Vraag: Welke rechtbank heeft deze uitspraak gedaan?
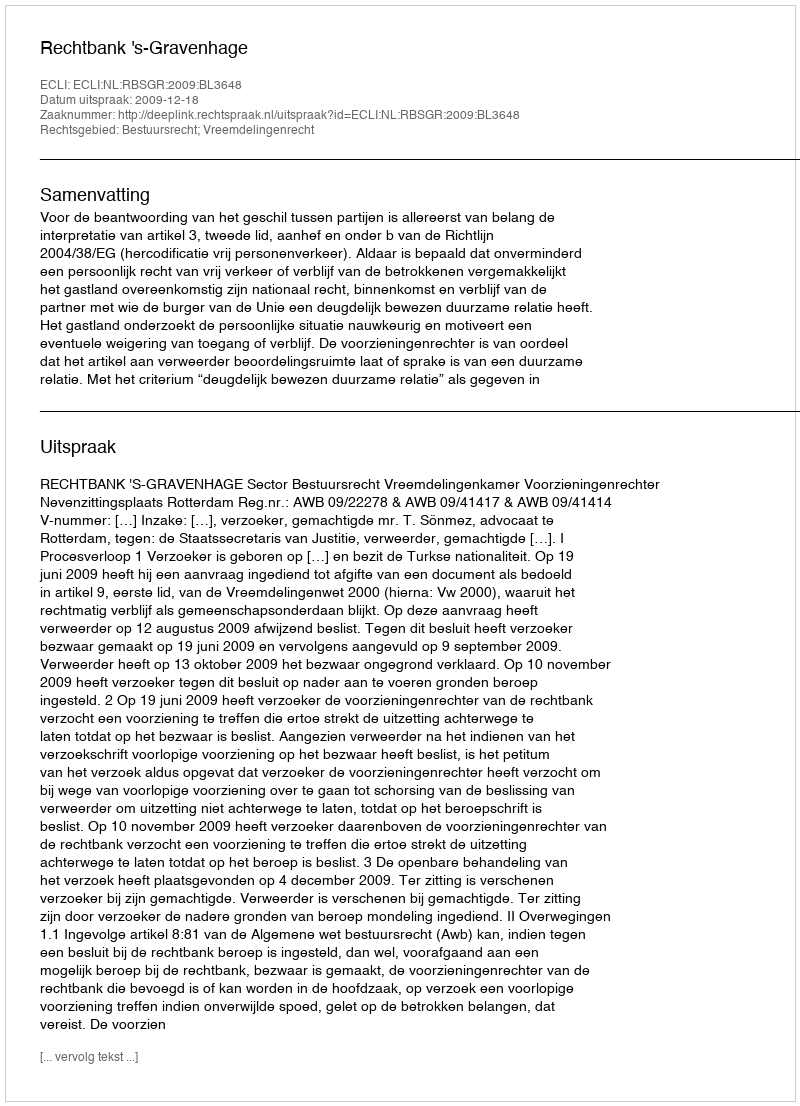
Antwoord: Rechtbank 's-Gravenhage